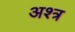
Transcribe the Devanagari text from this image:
अश्त्र